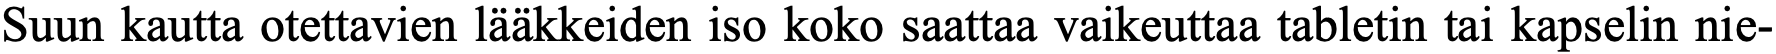
Suun kautta otettavien lääkkeiden iso koko saattaa vaikeuttaa tabletin tai kapselin nie-